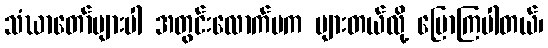
သံဃာတော်များပါ အတွင်းလောက်မက များတယ်လို့ ပြောကြပါတယ်၊